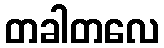
တခါတလေ